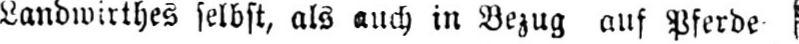
Landwirthes selbst, als auch in Bezug auf Pferde